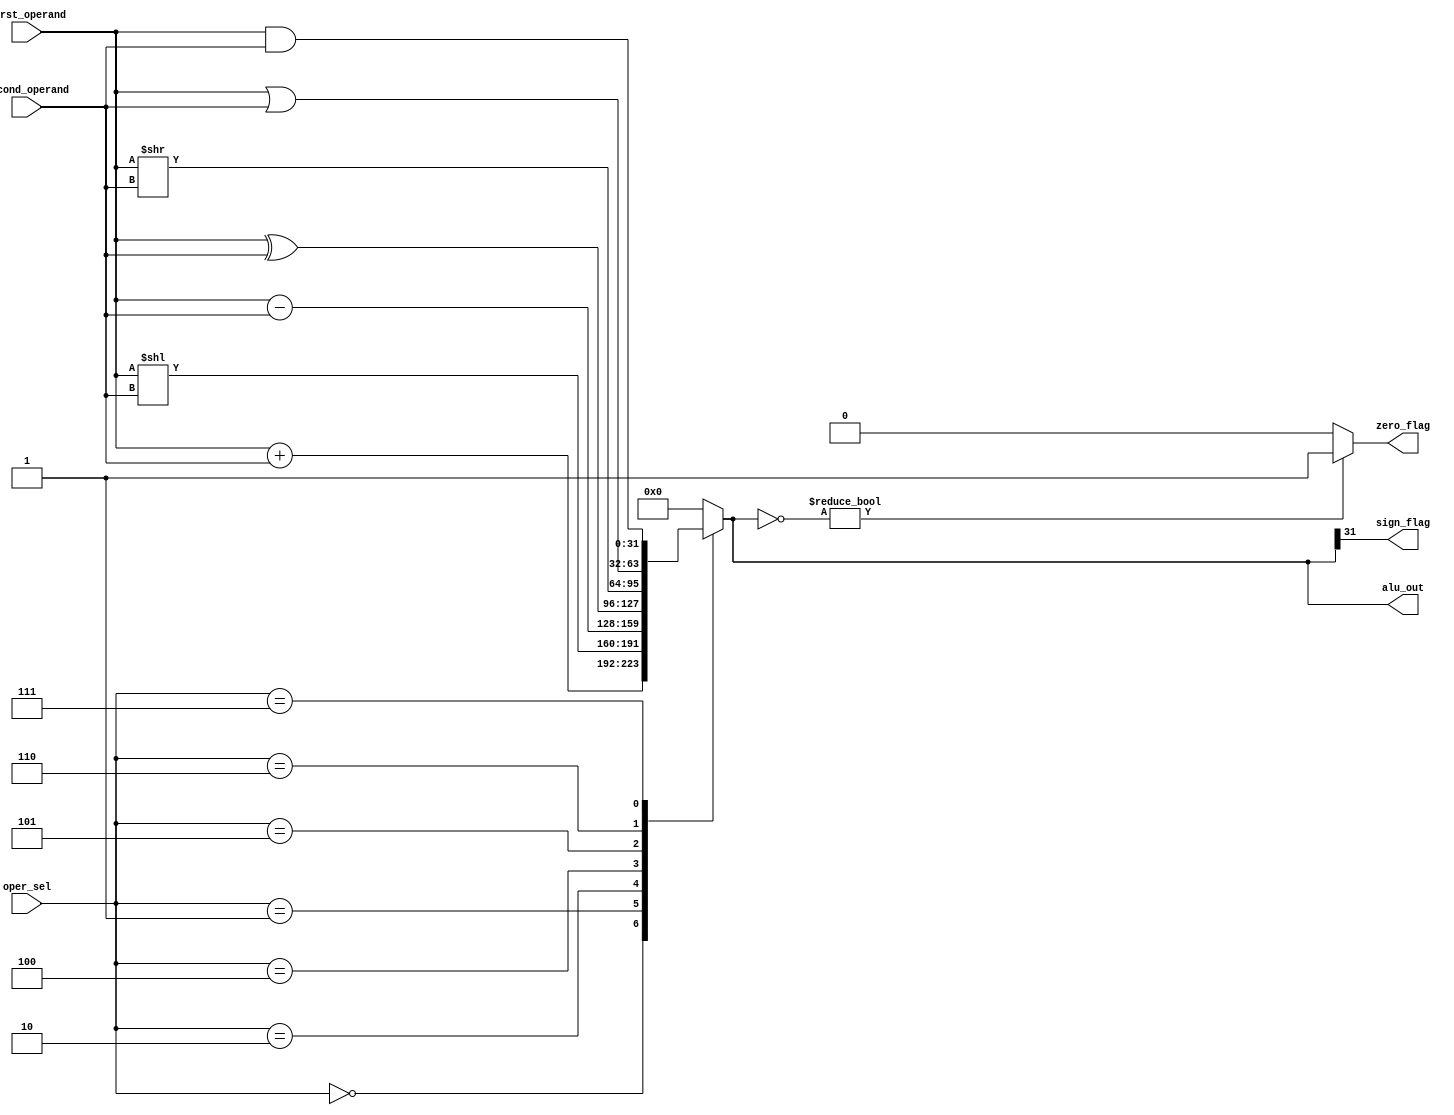
module alu (
    input [31:0] first_operand,
    input [31:0] second_operand,
    input [2:0] oper_sel,
    output reg zero_flag,
    output reg sign_flag,
    output reg [31:0] alu_out
);
    always@(*)begin
        case (oper_sel)
            3'b000:alu_out=first_operand+second_operand;
            3'b001:alu_out=first_operand<<second_operand;
            3'b010:alu_out=first_operand-second_operand;
            3'b100:alu_out=first_operand^second_operand;
            3'b101:alu_out=first_operand>>second_operand;
            3'b110:alu_out=first_operand|second_operand; 
            3'b111:alu_out=first_operand&second_operand;
            default: alu_out=0;
        endcase
        sign_flag=alu_out[31];
        if(~(alu_out))
        begin
            zero_flag=1'b1;
        end
        else begin
            zero_flag=1'b0;
        end
    end
endmodule